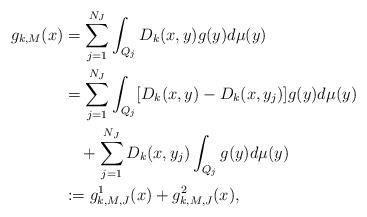
LaTeX: \begin{align*}g_{k,M}(x)&=\sum_{j=1}^{N_J}\int_{Q_j} D_k(x,y)g(y)d\mu(y) \\&=\sum_{j=1}^{N_J}\int_{Q_j} [D_k(x,y)-D_k(x,y_j)]g(y)d\mu(y) \\&\quad+\sum_{j=1}^{N_J}D_k(x,y_j)\int_{Q_j} g(y)d\mu(y) \\&:=g^1_{k,M,J}(x)+g^2_{k,M,J}(x),\end{align*}